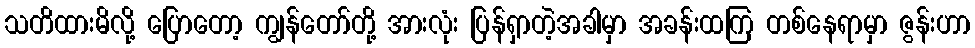
သတိထားမိလို့ ပြောတော့ ကျွန်တော်တို့ အားလုံး ပြန်ရှာတဲ့အခါမှာ အခန်းထကြ တစ်နေရာမှာ ဇွန်းဟာ